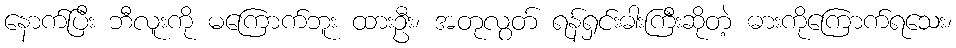
နောက်ပြီး ဘီလူးကို မကြောက်ဘူး ထားဦး၊ အတုလွတ် ရန်ရှင်းဓါးကြီးဆိုတဲ့ ဓားကိုကြောက်ရသေး၊